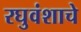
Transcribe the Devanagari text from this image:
रघुवंशाचे